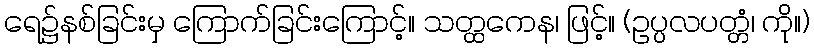
ရေ၌နစ်ခြင်းမှ ကြောက်ခြင်းကြောင့်။ သတ္ထကေန၊ ဖြင့်။ (ဥပ္ပလပတ္တံ၊ ကို။)